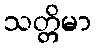
သတ္တိမာ